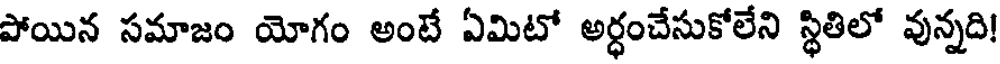
పోయిన సమాజం యోగం అంటే ఏమిటో అర్ధంచేసుకోలేని స్థితిలో వున్నది!